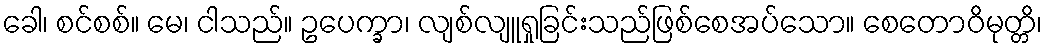
ခေါ၊ စင်စစ်။ မေ၊ ငါသည်။ ဥပေက္ခာ၊ လျစ်လျူရှုခြင်းသည်ဖြစ်စေအပ်သော။ စေတောဝိမုတ္တိ၊